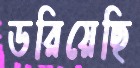
ডরিয়েছি